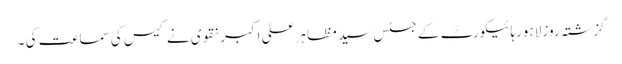
گزشتہ روز لاہورہائیکورٹ کے جسٹس سید مظاہر علی اکبر نقوی نے کیس کی سماعت کی ۔